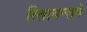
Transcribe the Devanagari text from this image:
रिलायन्सने